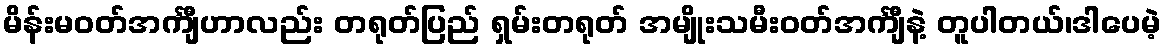
မိန်းမဝတ်အင်္ကျီဟာလည်း တရုတ်ပြည် ရှမ်းတရုတ် အမျိုးသမီးဝတ်အင်္ကျီနဲ့ တူပါတယ်၊ဒါပေမဲ့